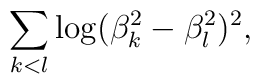
\sum_{k<l} \log (\beta_k^2 - \beta_l^2)^2,